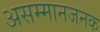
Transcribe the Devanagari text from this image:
असम्मानजनक